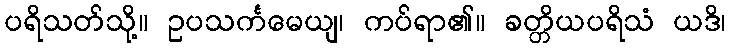
ပရိသတ်သို့။ ဥပသင်္ကမေယျ၊ ကပ်ရာ၏။ ခတ္တိယပရိသံ ယဒိ၊